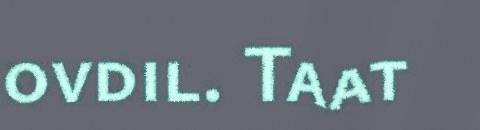
ovdil. Taat